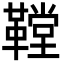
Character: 鞺